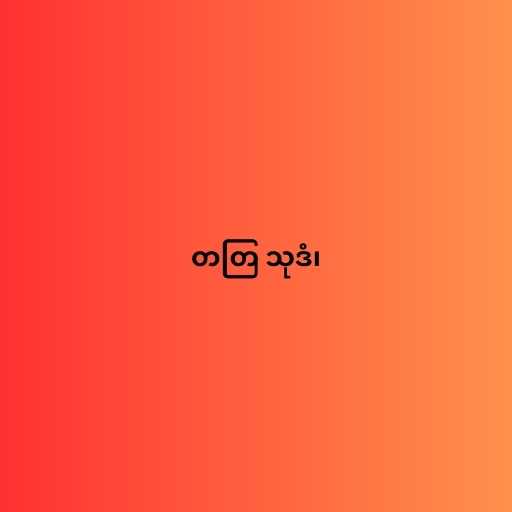
တတြ သုဒံ၊